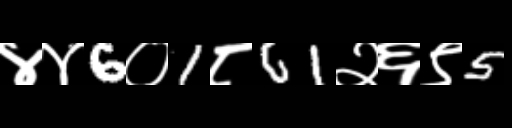
Text: ४४6०1८61२६९5